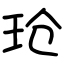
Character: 玱